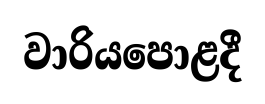
වාරියපොළදී